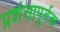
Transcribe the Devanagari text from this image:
प्रशंसापूर्वक